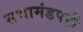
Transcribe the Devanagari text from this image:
सभामंडपही